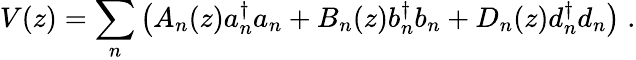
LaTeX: V(z)={\sum_{n}}\left(A_{n}(z)a{_n^{\dagger}}a_{n}+B_{n}(z)b{_n^{\dagger}}b_{n}+D_{n}(z)d{_n^{\dagger}}d_{n}\right)\; .